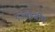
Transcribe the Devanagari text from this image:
एआइबीए